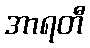
အာရတီ